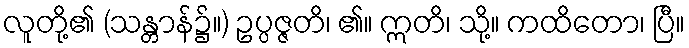
လူတို့၏ (သန္တာန်၌။) ဥပ္ပဇ္ဇတိ၊ ၏။ ဣတိ၊ သို့။ ကထိတော၊ ပြီ။